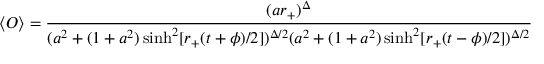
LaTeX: \langle { \cal O } \rangle = { \frac { ( a r _ { + } ) ^ { \Delta } } { ( a ^ { 2 } + ( 1 + a ^ { 2 } ) \sinh ^ { 2 } [ r _ { + } ( t + \phi ) / 2 ] ) ^ { \Delta / 2 } ( a ^ { 2 } + ( 1 + a ^ { 2 } ) \sinh ^ { 2 } [ r _ { + } ( t - \phi ) / 2 ] ) ^ { \Delta / 2 } } }